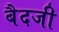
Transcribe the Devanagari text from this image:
बैदजी